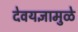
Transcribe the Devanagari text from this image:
देवयज्ञामुळे